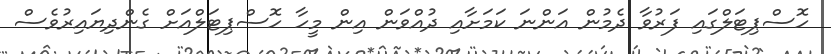
ހޮސްޕިޓަލްގައި ފަރުވާ ދެމުން އަންނަ ކަމަށާއި ދުއްވަން އިން މީހާ ހޮސްޕިޓަލްއަށް ގެންދިޔައިރުވެސް